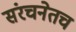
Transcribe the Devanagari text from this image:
संरचनेतच